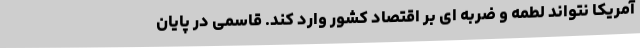
آمریکا نتواند لطمه و ضربه ای بر اقتصاد کشور وارد کند. قاسمی در پایان